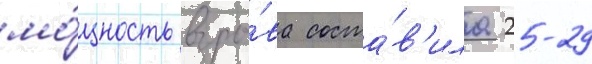
мо́щность взры́ва соста́в'ила 25-29